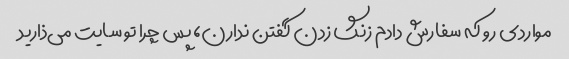
مواردی رو که سفارش دادم زنگ زدن گفتن ندارن، پس چرا تو سایت می‌ذارید